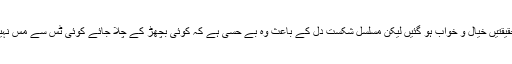
کتنی حقیقتیں خیال و خواب ہو گئیں لیکن مسلسل شکست دل کے باعث وہ بے حسی ہے کہ کوئی بچھڑ کے چلا جائے کوئی ٹس سے مس نہیں ہوتا۔